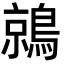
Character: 鶁